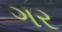
ગર